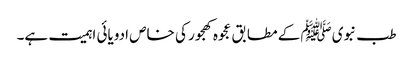
طب نبویﷺ کے مطابق عجوہ کھجور کی خاص ادویائی اہمیت ہے۔